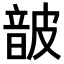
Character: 𮧸